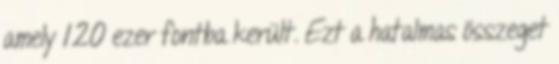
amely 120 ezer fontba került. Ezt a hatalmas összeget